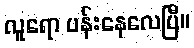
လူရော ပန်းနေလေပြီ။